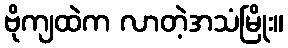
ဗိုကျထဲက လာတဲ့အသံမြိုး။